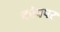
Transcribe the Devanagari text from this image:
कॉवपर